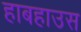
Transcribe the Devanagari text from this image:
हाबहाउस